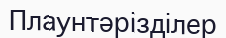
Плаунтәрізділер